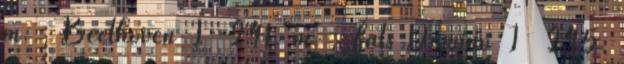
m. , Beethoven I 241. m. ; Fats Domino I 245.